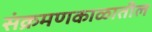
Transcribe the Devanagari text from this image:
संक्रमणकाळातील